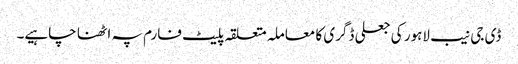
ڈی جی نیب لاہور کی جعلی ڈگری کا معاملہ متعلقہ پلیٹ فارم پہ اٹھنا چاہیے۔